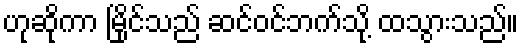
ဟုဆိုကာ မြိုင်သည် ဆင်ဝင်ဘက်သို့ ထသွားသည်။